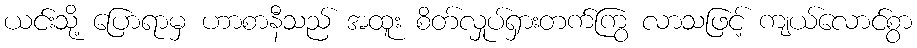
ယင်းသို့ ပြောရာမှ ဟာစာနီသည် အထူး စိတ်လှုပ်ရှားတက်ကြွ လာသဖြင့် ကျယ်လောင်စွာ